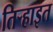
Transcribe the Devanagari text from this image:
तिऱ्हाइत